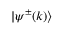
| \psi ^ { \pm } ( k ) \rangle